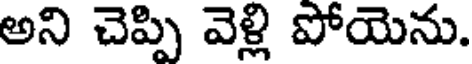
అని చెప్పి వెళ్లి పోయెను.